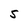
Character: S